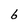
Character: 6